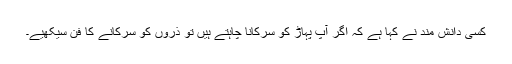
کسی دانش مند نے کہا ہے کہ اگر آپ پہاڑ کو سرکانا چاہتے ہیں تو ذروں کو سرکانے کا فن سیکھیے۔